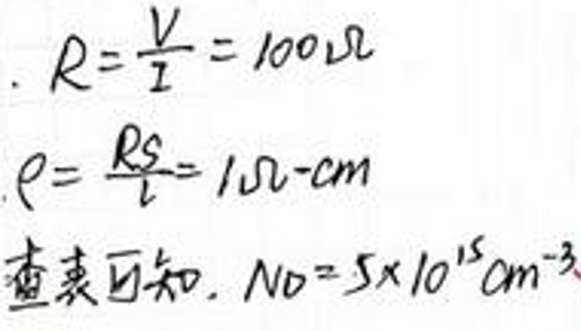
$R = \frac{V}{I} = 100\Omega$

$\rho = \frac{RS}{l} = 1\Omega\cdot cm$

查表可知，\(N_D = 5\times10^{15}cm^{-3}\)